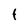
Character: 1